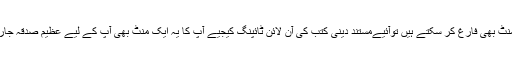
اگر آپ اپنی زندگی میں سے ایک منٹ بھی فارغ کر سکتے ہیں توآئیےمستند دینی کتب کی آن لائن ٹائپنگ کیجیے آپ کا یہ ایک منٹ بھی آپ کے لیے عظیم صدقہ جاریہ اور ثواب کا باعث بن سکتا ہے۔